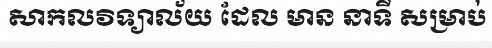
សាកលវិទ្យាល័យ ដែល មាន នាទី សម្រាប់